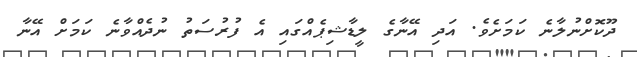
ދޫކޮށްނުލާނެ ކަމަށެވެ. އަދި އޭނާގެ ލީޑާޝިޕެއްގައި އެ ފުރުސަތު ނުދެއްވާނެ ކަމަށް އޭނާ